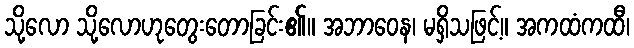
သို့လော သို့လောဟုတွေးတောခြင်း၏။ အဘာဝေန၊ မရှိသဖြင့်။ အကထံကထီ၊